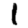
Digit: 1